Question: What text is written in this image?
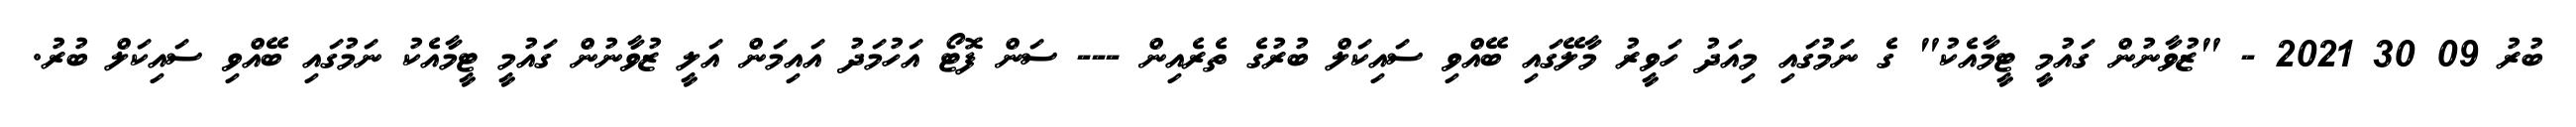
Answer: ބުރު 09 30 2021 - "ޒުވާނުން ގައުމީ ޓީމާއެކު" ގެ ނަމުގައި މިއަދު ހަވީރު މާލޭގައި ބޭއްވި ސައިކަލް ބުރުގެ ތެރެއިން --- ސަން ފޮޓޯ އަހުމަދު އައިމަން އަލީ ޒުވާނުން ގައުމީ ޓީމާއެކު ނަމުގައި ބޭއްވި ސައިކަލް ބުރު.